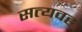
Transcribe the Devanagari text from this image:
सत्यवह